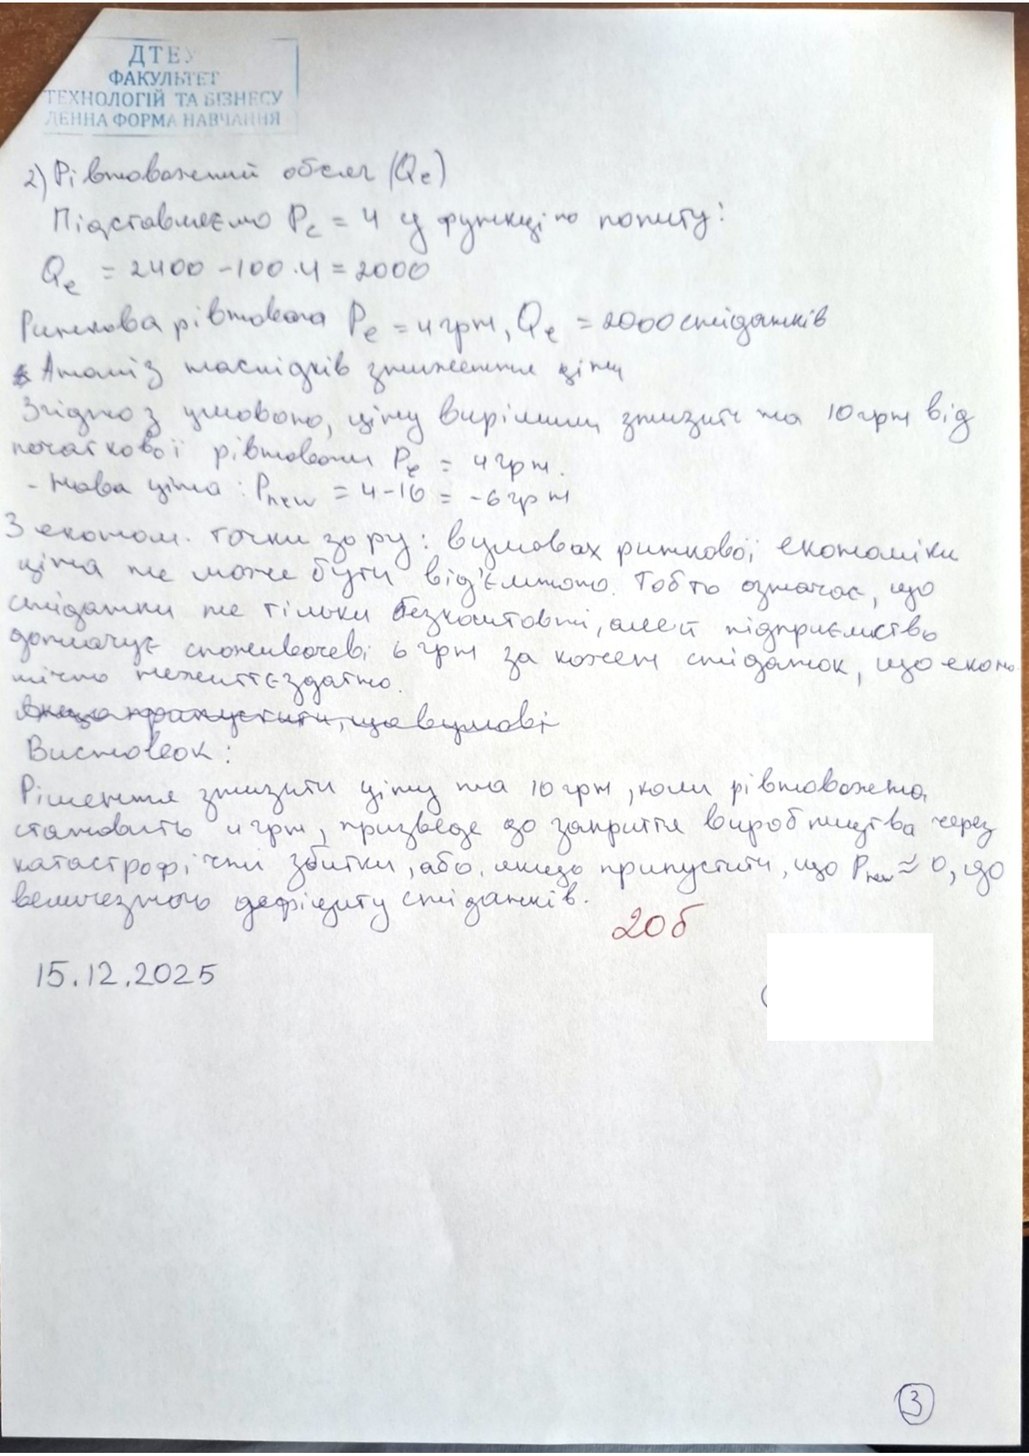
2) Рівноважений обсяг (Qe)
Підставляємо Pc = 4 у функцію по попиту:
Q_e = 2400 - 100 * 4 = 2000
Ринкова рівновага Pe = 4 грн, Qe = 2000 сніданків
~~3~~Аналіз наслідків зниження ціни
Згідно з умовою, ціну вирішили знизити на 10 грн від
початкової рівноваги Pe = 4 грн.
- Нова ціна: P = 4 - 10 = -6 грн.
З економ. точки зору: в умовах ринкової економіки
ціна не може бути від'ємною. Тобто означає, що
сніданки не тільки безкоштовні, але й підприємство
доплачує споживачеві 6 грн за кожен сніданок, що еконо
мічно не життєздатне
[illegible]
Рішення знизити ціну на 10 грн, коли рівноважна
становить 4 грн, призведе до закриття виробництва через
катастрофічні збитки, або, якщо припустити, що P_new ≈ 0, до
величезних дефіциту сніданків.
20 б
15.12.2025
3